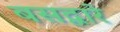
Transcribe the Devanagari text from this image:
बसद्वारे